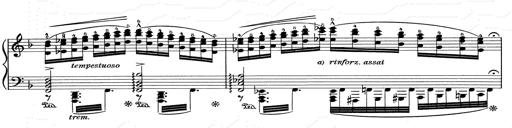
Title: RÃ©miniscences de Don Juan
Composer: Franz Liszt